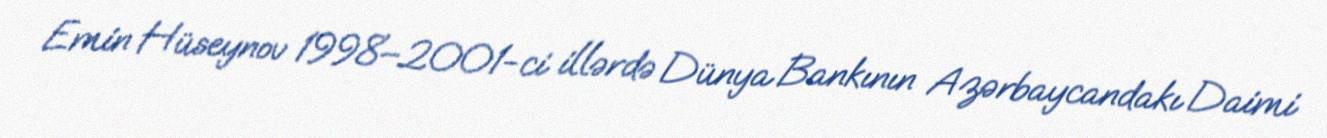
Emin Hüseynov 1998–2001-ci illərdə Dünya Bankının Azərbaycandakı Daimi